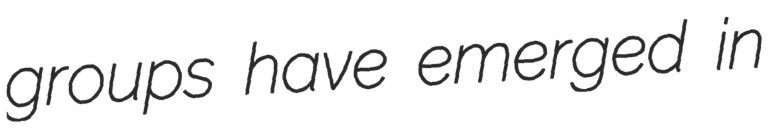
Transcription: groups have emerged in